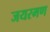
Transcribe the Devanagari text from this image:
जयरमण